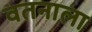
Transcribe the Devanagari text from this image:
वतनाला